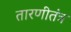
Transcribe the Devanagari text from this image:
तारणीतंत्र